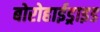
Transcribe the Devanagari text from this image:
बोरोहाईड्राइड